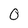
Character: 0